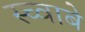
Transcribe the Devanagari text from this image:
स्च्वाबे